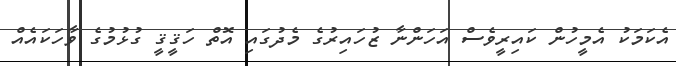
އެކަމަކު އެމީހުން ކައިރީވެސް އަހަންނާ ޒުހައިރުގެ މެދުގައި އޮތް ހަޤީޤީ ގުުޅުމުގެ ވާހަކައެއް